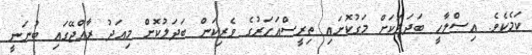
ކަމެކެވެ. އިސްލާހީ ބަދަލަކަށް މަގުކޮށައި ތިރީސްއަހަރުގެ ވެރިކަން ބަދަލުކޮށް މިއަދު ރާއްޖޭގައި ބުނަނީ